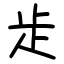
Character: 歨